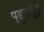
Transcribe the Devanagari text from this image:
पुद्दुकोट्टी